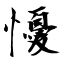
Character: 懮